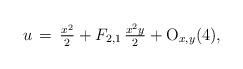
LaTeX: \begin{align*}u\,=\,\tfrac{x^2}{2} +F_{2,1}\,\tfrac{x^2y}{2}+{\rm O}_{x,y}(4),\end{align*}